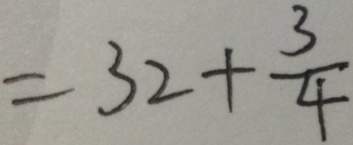
= 3 2 + \frac { 3 } { 4 }